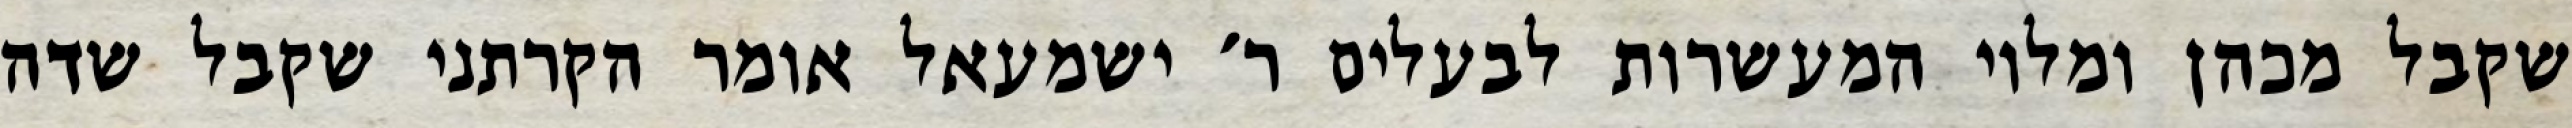
שקבל מכהן ומלוי המעשרות לבעלים ר׳ ישמעאל אומר הקרתני שקבל שדה